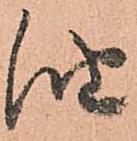
油